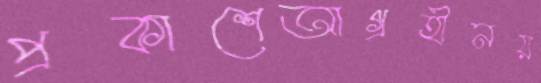
প্রকাশেআগ্রহীনয়